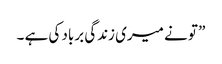
” تو نے میری زندگی برباد کی ہے ۔